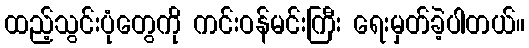
ထည့်သွင်းပုံတွေကို ကင်းဝန်မင်းကြီး ရေးမှတ်ခဲ့ပါတယ်။